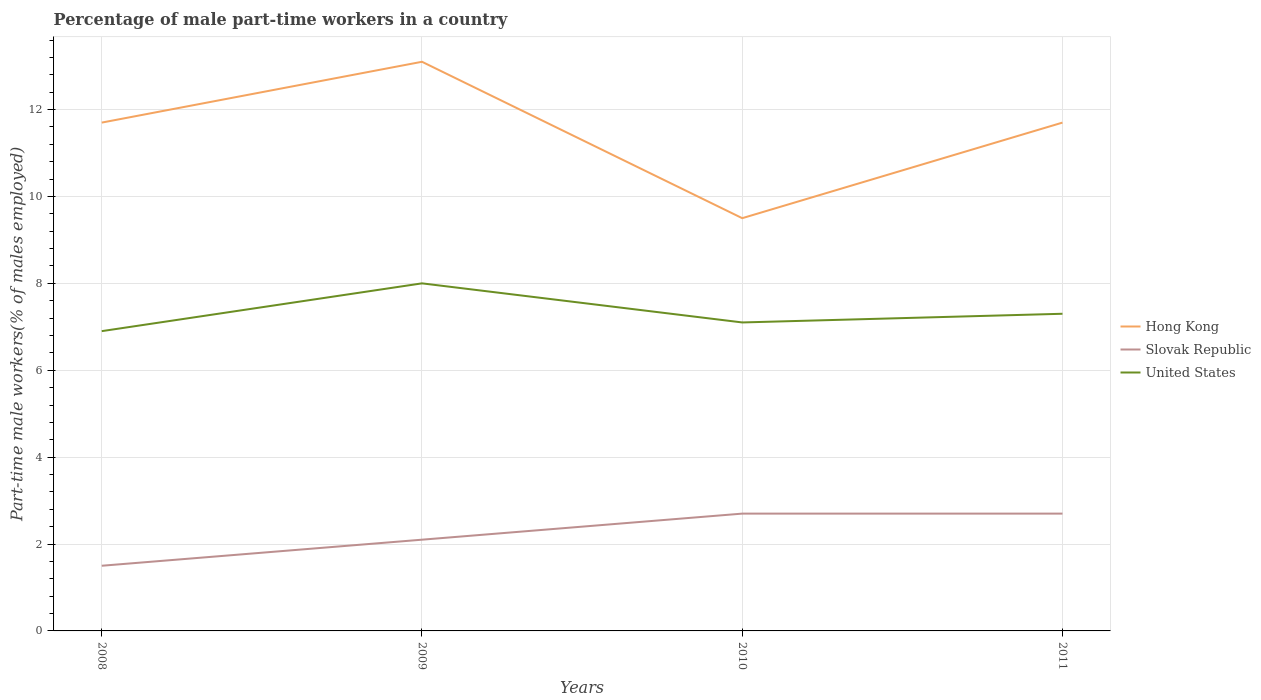
| Years | Hong Kong | Slovak Republic | United States |
 | --- | --- | --- | --- |
 | 2008 | 11.7 | 1.5 | 6.9 |
 | 2009 | 13.1 | 2.1 | 8 |
 | 2010 | 9.5 | 2.7 | 7.1 |
 | 2011 | 11.7 | 2.7 | 7.3 |